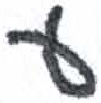
אות: ע